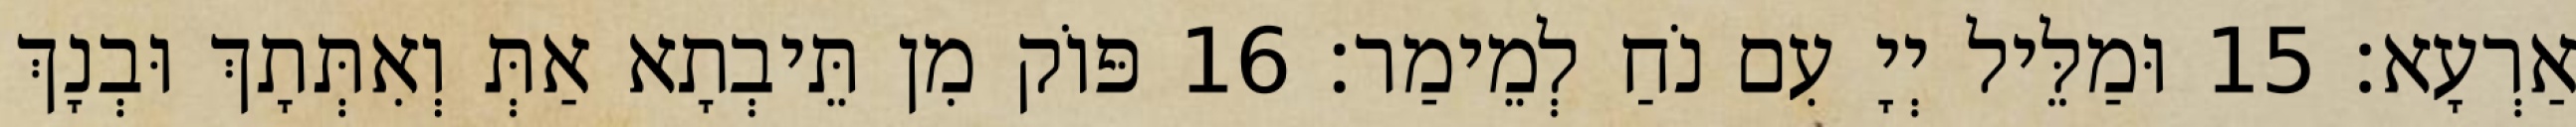
אַרְעָא׃ 15 וּמַלֵּיל יְיָ עִם נֹחַ לְמֵימַר׃ 16 פּוֹק מִן תֵּיבְתָא אַתְּ וְאִתְּתָךְ וּבְנָךְ